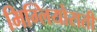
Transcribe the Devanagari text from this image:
मिग्लियोराती